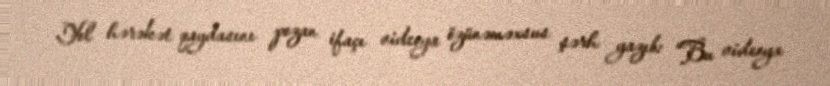
Yol hərəkət qaydasını pozan ifaçı videoya özünəməxsus şərh yazıb: “Bu videoya